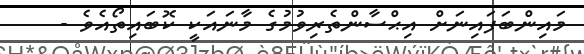
މައިންބަފައިނަށް އިޙްސާންތެރިވުމުގެ މާނައަކީ ކޮބައިތޯއެވެ -